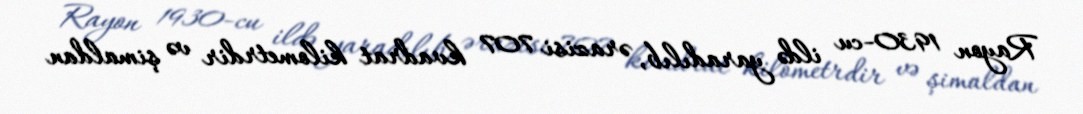
Rayon 1930-cu ildə yaradılıb, ərazisi 707 kvadrat kilometrdir və şimaldan